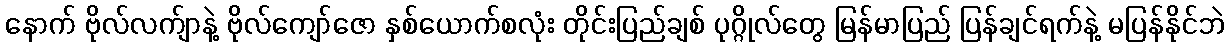
နောက် ဗိုလ်လက်ျာနဲ့ ဗိုလ်ကျော်ဇော နှစ်ယောက်စလုံး တိုင်းပြည်ချစ် ပုဂ္ဂိုလ်တွေ မြန်မာပြည် ပြန်ချင်ရက်နဲ့ မပြန်နိုင်ဘဲ